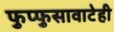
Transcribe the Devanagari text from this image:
फुप्फुसावाटेही